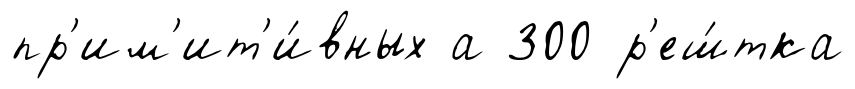
пр'им'ит'и́вных а 300 р'еш́тка